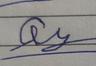
Signature authenticity: forged